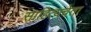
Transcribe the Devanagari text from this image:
साहित्यचेता